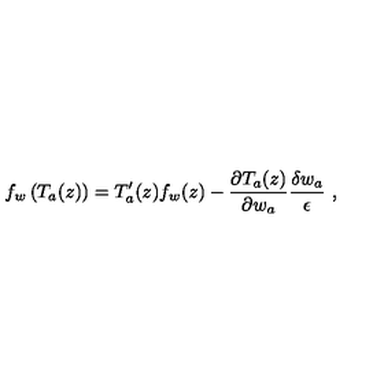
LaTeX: f _ { w } \left( T _ { a } ( z ) \right) = T _ { a } ^ { \prime } ( z ) f _ { w } ( z ) - \frac { \partial T _ { a } ( z ) } { \partial w _ { a } } \frac { \delta w _ { a } } { \epsilon } \ ,